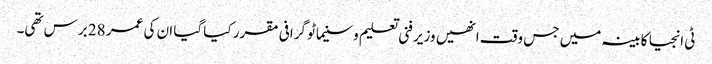
ٹی انجیا کابینہ میں جس وقت انھیں وزیر فنی تعلیم و سنیماٹو گرافی مقرر کیا گیا ان کی عمر 28 برس تھی۔